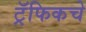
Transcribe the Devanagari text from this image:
ट्रॅफिकचे